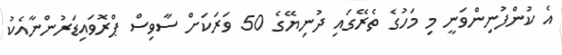
އެ ކުންފުނިންވަނީ މި މަހުގެ ތެރޭގައި ދުނިޔޭގެ 50 ވަރަކަށް ސާވިސް ޕްރޮވައިޑަރުންނާއެކު